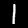
Label: 1